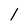
Character: 1